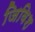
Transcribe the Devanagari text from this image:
जिविश